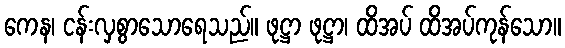
ကေန၊ ငန်းလှစွာသောရေသည်။ ဖုဋ္ဌာ ဖုဋ္ဌာ၊ ထိအပ် ထိအပ်ကုန်သော။